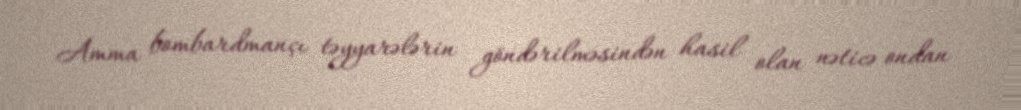
Amma bombardmançı təyyarələrin göndərilməsindən hasil olan nəticə ondan